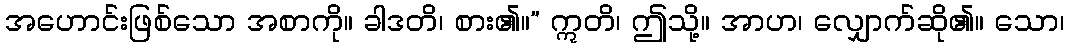
အဟောင်းဖြစ်သော အစာကို။ ခါဒတိ၊ စား၏။” ဣတိ၊ ဤသို့။ အာဟ၊ လျှောက်ဆို၏။ သော၊